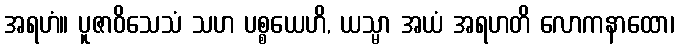
အရဟံ။ ပူဇာဝိသေသံ သဟ ပစ္စယေဟိ, ယသ္မာ အယံ အရဟတိ လောကနာထော၊